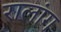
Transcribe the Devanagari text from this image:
रालांग